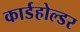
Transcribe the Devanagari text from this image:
कार्डहोल्डर